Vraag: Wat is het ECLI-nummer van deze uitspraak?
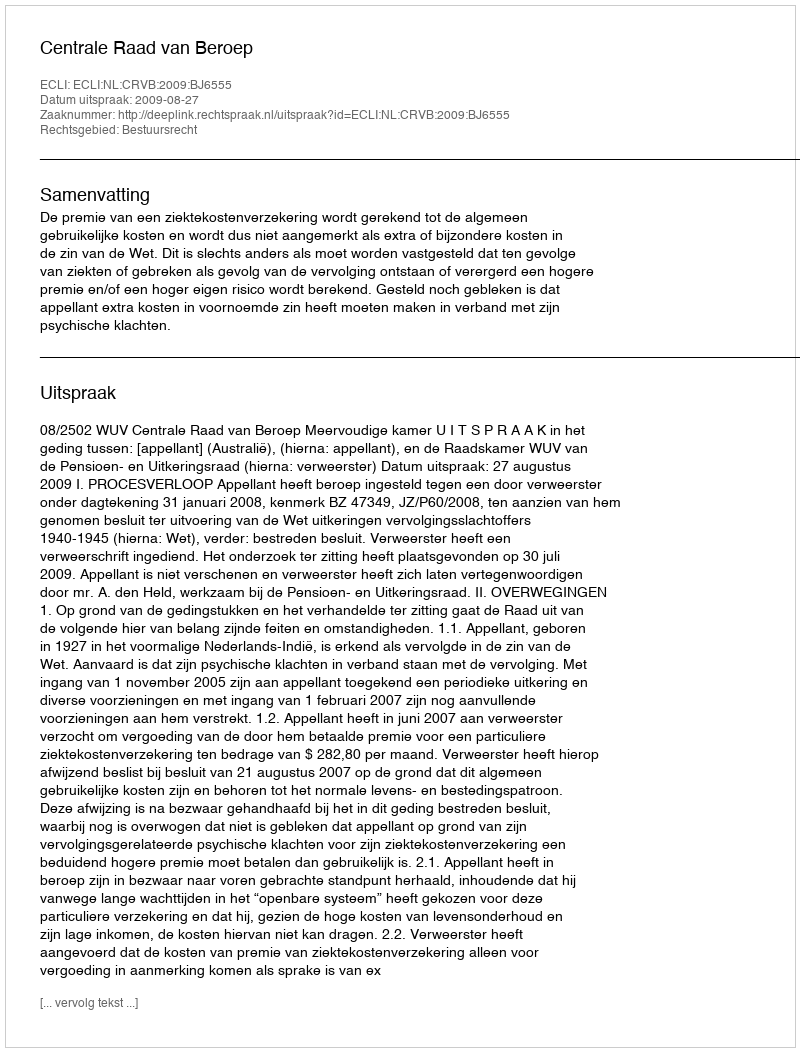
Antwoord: ECLI:NL:CRVB:2009:BJ6555